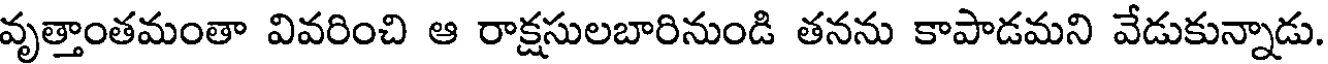
వృత్తాంతమంతా వివరించి ఆ రాక్షసులబారినుండి తనను కాపాడమని వేడుకున్నాడు.